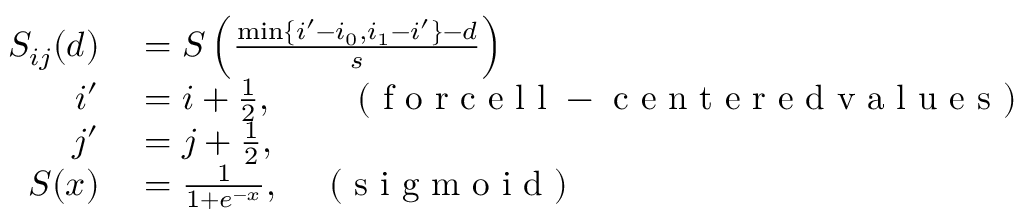
\begin{array} { r l r } { S _ { i j } ( d ) } & { { } = S \left( \frac { \operatorname* { m i n } \{ i ^ { \prime } - i _ { 0 } , i _ { 1 } - i ^ { \prime } \} - d } { s } \right) } \\ { i ^ { \prime } } & { { } = i + \frac { 1 } { 2 } , \quad \quad \mathrm { ~ ( ~ f ~ o ~ r ~ c ~ e ~ l ~ l ~ - ~ c ~ e ~ n ~ t ~ e ~ r ~ e ~ d ~ v ~ a ~ l ~ u ~ e ~ s ~ ) ~ } } \\ { j ^ { \prime } } & { { } = j + \frac { 1 } { 2 } , } & { } \\ { S ( x ) } & { { } = \frac { 1 } { 1 + e ^ { - x } } , \quad \mathrm { ~ ( ~ s ~ i ~ g ~ m ~ o ~ i ~ d ~ ) ~ } } \end{array}